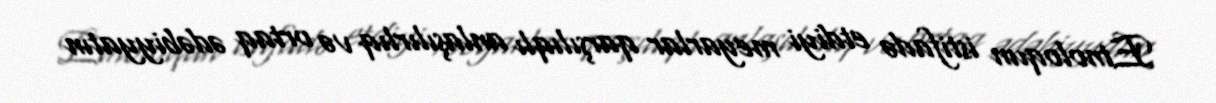
Etnoloqun istifadə etdiyi meyarlar qarşılıqlı anlaşılırlıq və ortaq ədəbiyyatın